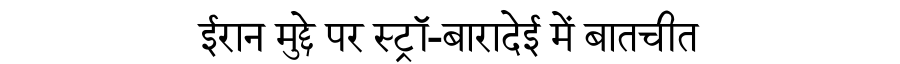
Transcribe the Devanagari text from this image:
ईरान मुद्दे पर स्ट्रॉ-बारादेई में बातचीत